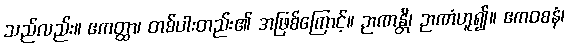
သည်လည်း။ ဧကတ္ထာ၊ တစ်ပါးတည်း၏ အဖြစ်ကြောင့်။ ဉာဏန္တိ၊ ဉာဏံဟူ၍။ ဧကဝစနံ၊